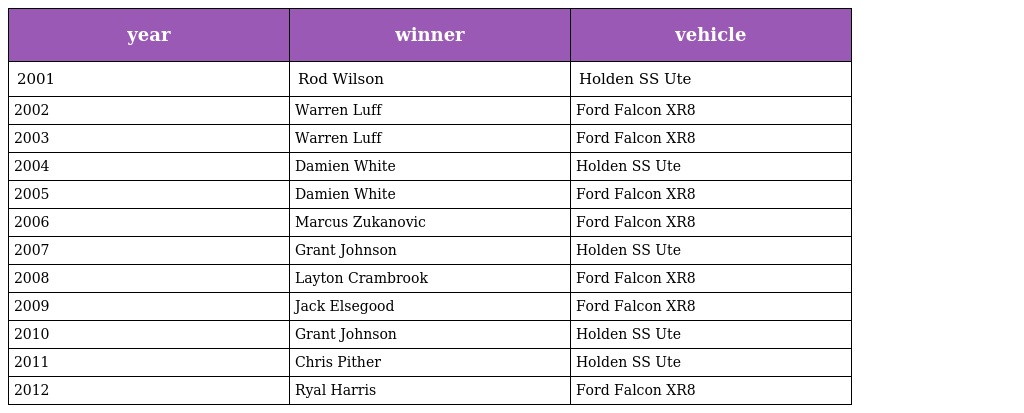
| year | winner | vehicle |
 | --- | --- | --- |
 | 2001 | Rod Wilson | Holden SS Ute |
 | 2002 | Warren Luff | Ford Falcon XR8 |
 | 2003 | Warren Luff | Ford Falcon XR8 |
 | 2004 | Damien White | Holden SS Ute |
 | 2005 | Damien White | Ford Falcon XR8 |
 | 2006 | Marcus Zukanovic | Ford Falcon XR8 |
 | 2007 | Grant Johnson | Holden SS Ute |
 | 2008 | Layton Crambrook | Ford Falcon XR8 |
 | 2009 | Jack Elsegood | Ford Falcon XR8 |
 | 2010 | Grant Johnson | Holden SS Ute |
 | 2011 | Chris Pither | Holden SS Ute |
 | 2012 | Ryal Harris | Ford Falcon XR8 |